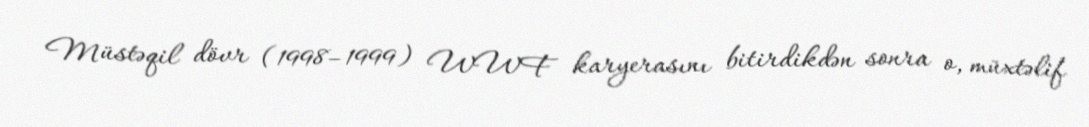
Müstəqil dövr (1998–1999) WWF karyerasını bitirdikdən sonra o, müxtəlif